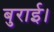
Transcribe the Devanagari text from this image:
बुराई।